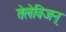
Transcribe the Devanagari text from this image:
तेलेविजन्